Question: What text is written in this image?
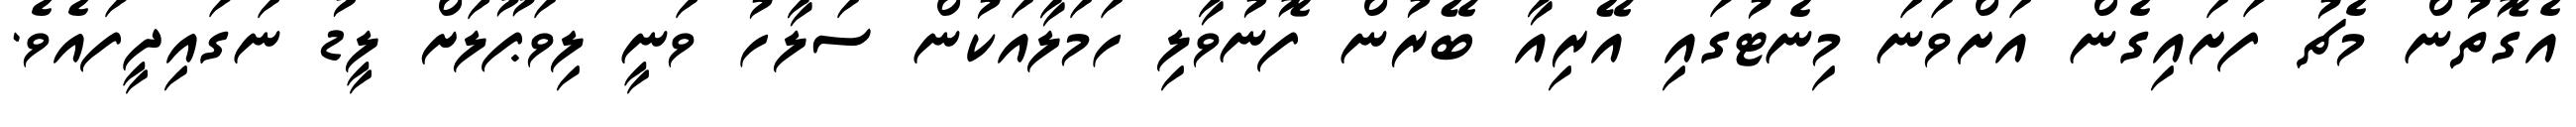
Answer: އެގޮތުން މެޗު ފަށައިގެން އަށްވަނަ މިނެޓުގައި އޭރިއާ ބޭރުން ފޮނުވާލި ހަމަލާއަކުން ސަލާހު ވަނީ ލިވަޕޫލަށް ލީޑު ނަގައިދީފައެވެ.